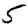
Digit: 5